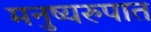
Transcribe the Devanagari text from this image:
मनुष्यरुपात